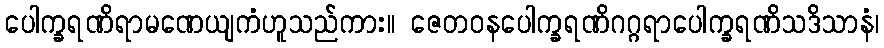
ပေါက္ခရဏိရာမဏေယျကံဟူသည်ကား။ ဇေတဝနပေါက္ခရဏိဂဂ္ဂရာပေါက္ခရဏိသဒိသာနံ၊